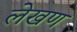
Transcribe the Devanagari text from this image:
लेखण